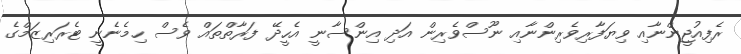
ރެފިއުޖީންނާއި ވިޔަފާރިވެރިންނާއި ނޫސްވެރިން އަދި އިންސާނީ އެހީދޭ ފަރާތްތައް ވެސް ހިމެނެނީ ޓެރަރިޒަމްގެ